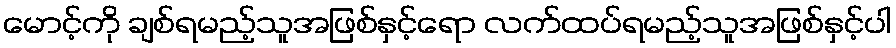
မောင့်ကို ချစ်ရမည့်သူအဖြစ်နှင့်ရော လက်ထပ်ရမည့်သူအဖြစ်နှင့်ပါ